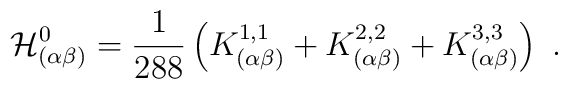
\mathcal{H}^{0}_{(\alpha \beta ) } =\frac{1}{288} \left(K^{1,1}_{(\alpha \beta )} + K^{2,2}_{(\alpha \beta ) }+ K^{3,3}_{(\alpha \beta ) }\right)~.